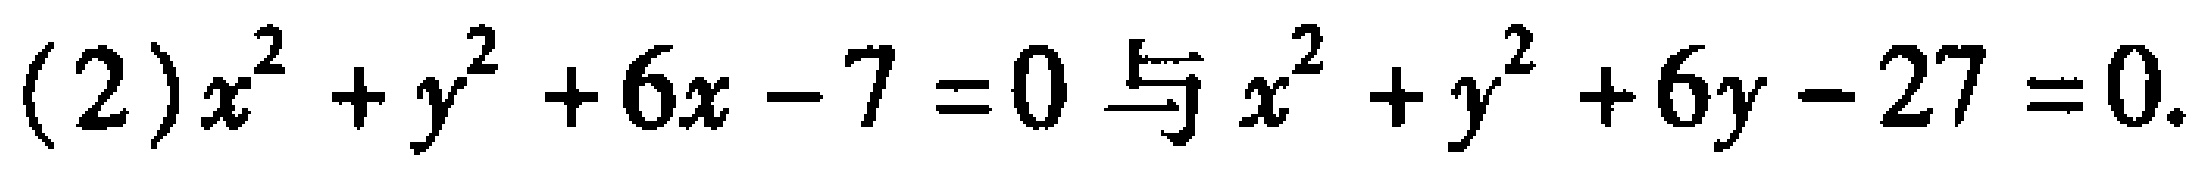
(2)$x^{2}+y^{2}+6x - 7 = 0$与$x^{2}+y^{2}+6y - 27 = 0$.